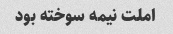
املت نیمه سوخته بود